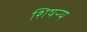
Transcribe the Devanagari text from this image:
शिषऱ्य